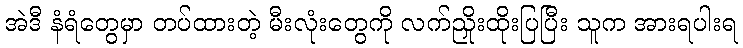
အဲဒီ နံရံတွေမှာ တပ်ထားတဲ့ မီးလုံးတွေကို လက်ညှိုးထိုးပြပြီး သူက အားရပါးရ